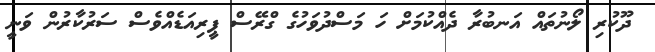
ދޫކުރި ލޯނުތައް އަނބުރާ ދެއްކުމަށް ހަ މަސްދުވަހުގެ ގްރޭސް ޕީރިއަޑެއްވެސް ސަރުކާރުން ވަނީ